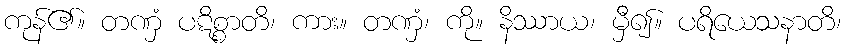
ကုန်၏။ တဏှံ ပဋိစ္စာတိ၊ ကား။ တဏှံ၊ ကို။ နိဿာယ၊ မှီ၍။ ပရိယေသနာတိ၊